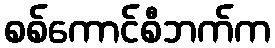
စစ်ကောင်စီဘက်က